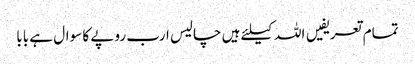
تمام تعریفیں اللہ کیلئے ہیں	 چالیس ارب روپے کا سوال ہے بابا